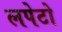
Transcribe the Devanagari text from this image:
लपेटो